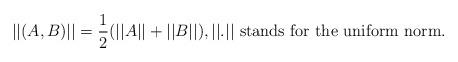
LaTeX: \begin{align*} ||(A,B)||=\frac{1}{2}(||A||+||B||),||.||\text{ stands for the uniform norm.}\end{align*}